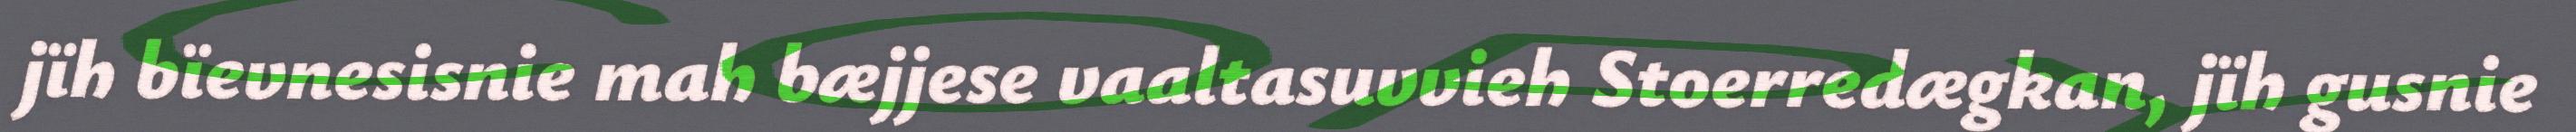
jïh bïevnesisnie mah bæjjese vaaltasuvvieh Stoerredægkan, jïh gusnie